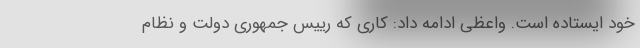
خود ایستاده است. واعظی ادامه داد: کاری که رییس جمهوری دولت و نظام